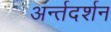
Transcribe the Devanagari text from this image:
अर्न्तदर्शन